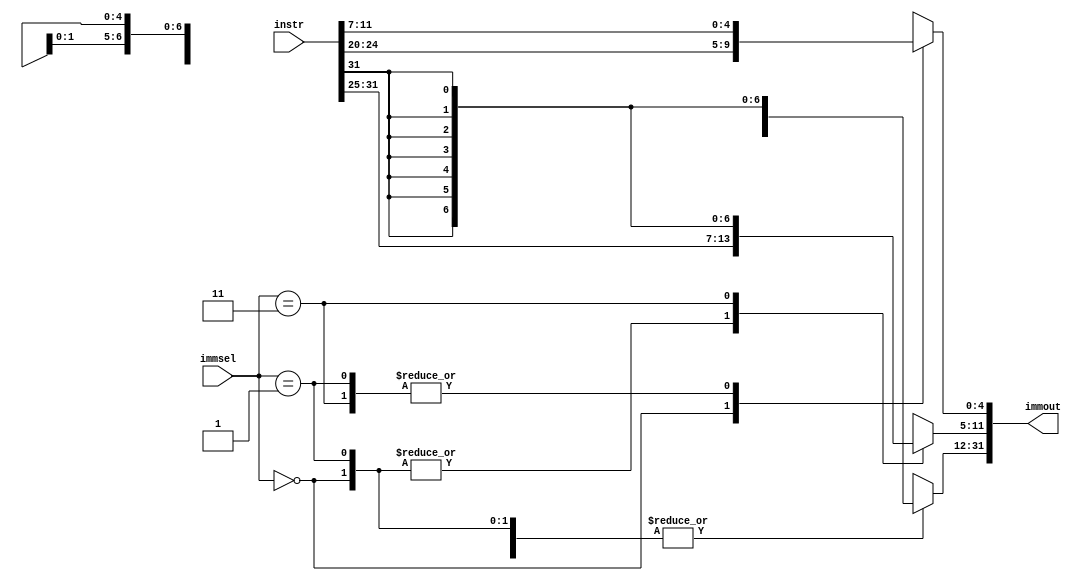
//module immgen(immin, immout);
//input [31:0] immin;
//output [31:0] immout;
//assign immout[31:12] = {20{immin[11]}};
//assign immout[11:0] = immin;
//endmodule

module immgen(instr, immout, immsel);

input [31:0] instr;

input [1:0] immsel;

output reg [31:0] immout;

always @ (instr, immsel) begin

              case (immsel)

                           2'b00 : begin //I-type

                                                                    immout[11:0] = instr[31:20];

                                                                    immout[31:12] = {20{instr[31]}};

                                                                    end

                           2'b01 : begin //S-type

                                                                    immout[11:5] = instr[31:25];

                                                                    immout[4:0] = instr[11:7];

                                                                    immout[31:12] = {20{instr[31]}};

                                                                    end

                           2'b11 : begin //B-type

                                                                    //immout[11:5] = instr[31:25];

                                                                    immout[4:0] = instr[11:7];

                                                                    immout[31:5] = {27{instr[31]}};
//010000000010000100001100011 01000
                                                                    end
										default: immout =32'bxxxxxxxxxxxxxxxxxxxxxxxxxxxxxxxx;
              endcase           

end

endmodule